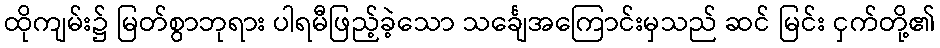
ထိုကျမ်း၌ မြတ်စွာဘုရား ပါရမီဖြည့်ခဲ့သော သင်္ချေအကြောင်းမှသည် ဆင် မြင်း ငှက်တို့၏